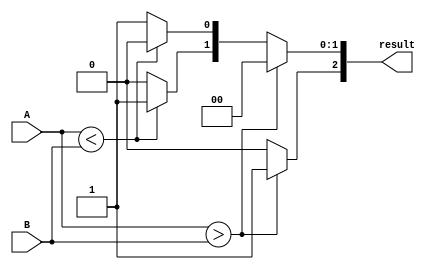
module ParameterizedComparator #(
    parameter N = 8 // Default bit width is 8 bits
)(
    input  [N-1:0] A, // Input A
    input  [N-1:0] B, // Input B
    output reg [2:0] result // Output: {A > B, A < B, A == B}
);

    // Always block to monitor changes in A or B
    always @(*) begin
        // Initialize result to zero
        result = 3'b000;
        
        // Compare A and B
        if (A > B) begin
            result[2] = 1'b1; // A > B
        end else if (A < B) begin
            result[1] = 1'b1; // A < B
        end else begin
            result[0] = 1'b1; // A == B
        end
    end

endmodule